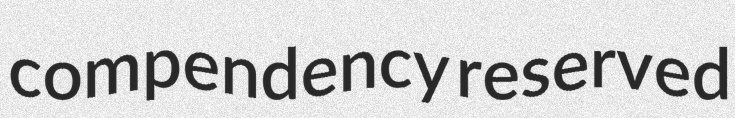
compendency reserved